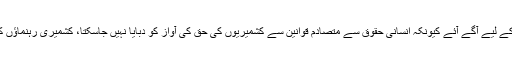
گزشتہ روز ایک بیان میں وزیراعلیٰ بلوچستان نے کہا کہ عالمی برادری مظلوم کشمیریوں کی مدد کے لیے آگے آئے کیونکہ انسانی حقوق سے متصادم قوانین سے کشمیریوں کی حق کی آواز کو دبایا نہیں جاسکتا، کشمیری رہنماﺅں کی نظربندی اور حراست میں لینے کا مقصددراصل بھارت کے کالے قوانین اور مظالم کا تحفظ ہے۔